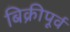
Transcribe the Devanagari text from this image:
बिक्रीपूर्व